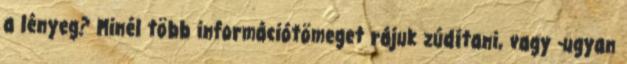
a lényeg? Minél több információtömeget rájuk zúdítani, vagy -ugyan